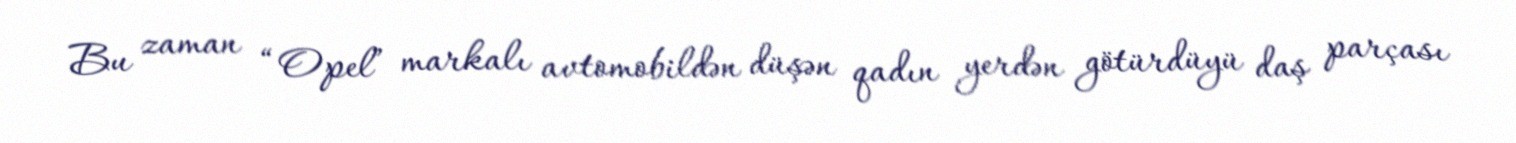
Bu zaman “Opel” markalı avtomobildən düşən qadın yerdən götürdüyü daş parçası